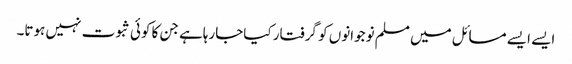
ایسے ایسے مسائل میں مسلم نوجوانوں کو گرفتار کیاجارہاہے جن کا کوئی ثبوت نہیں ہوتا۔